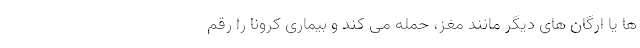
ها یا ارگان های دیگر مانند مغز، حمله می کند و بیماری کرونا را رقم